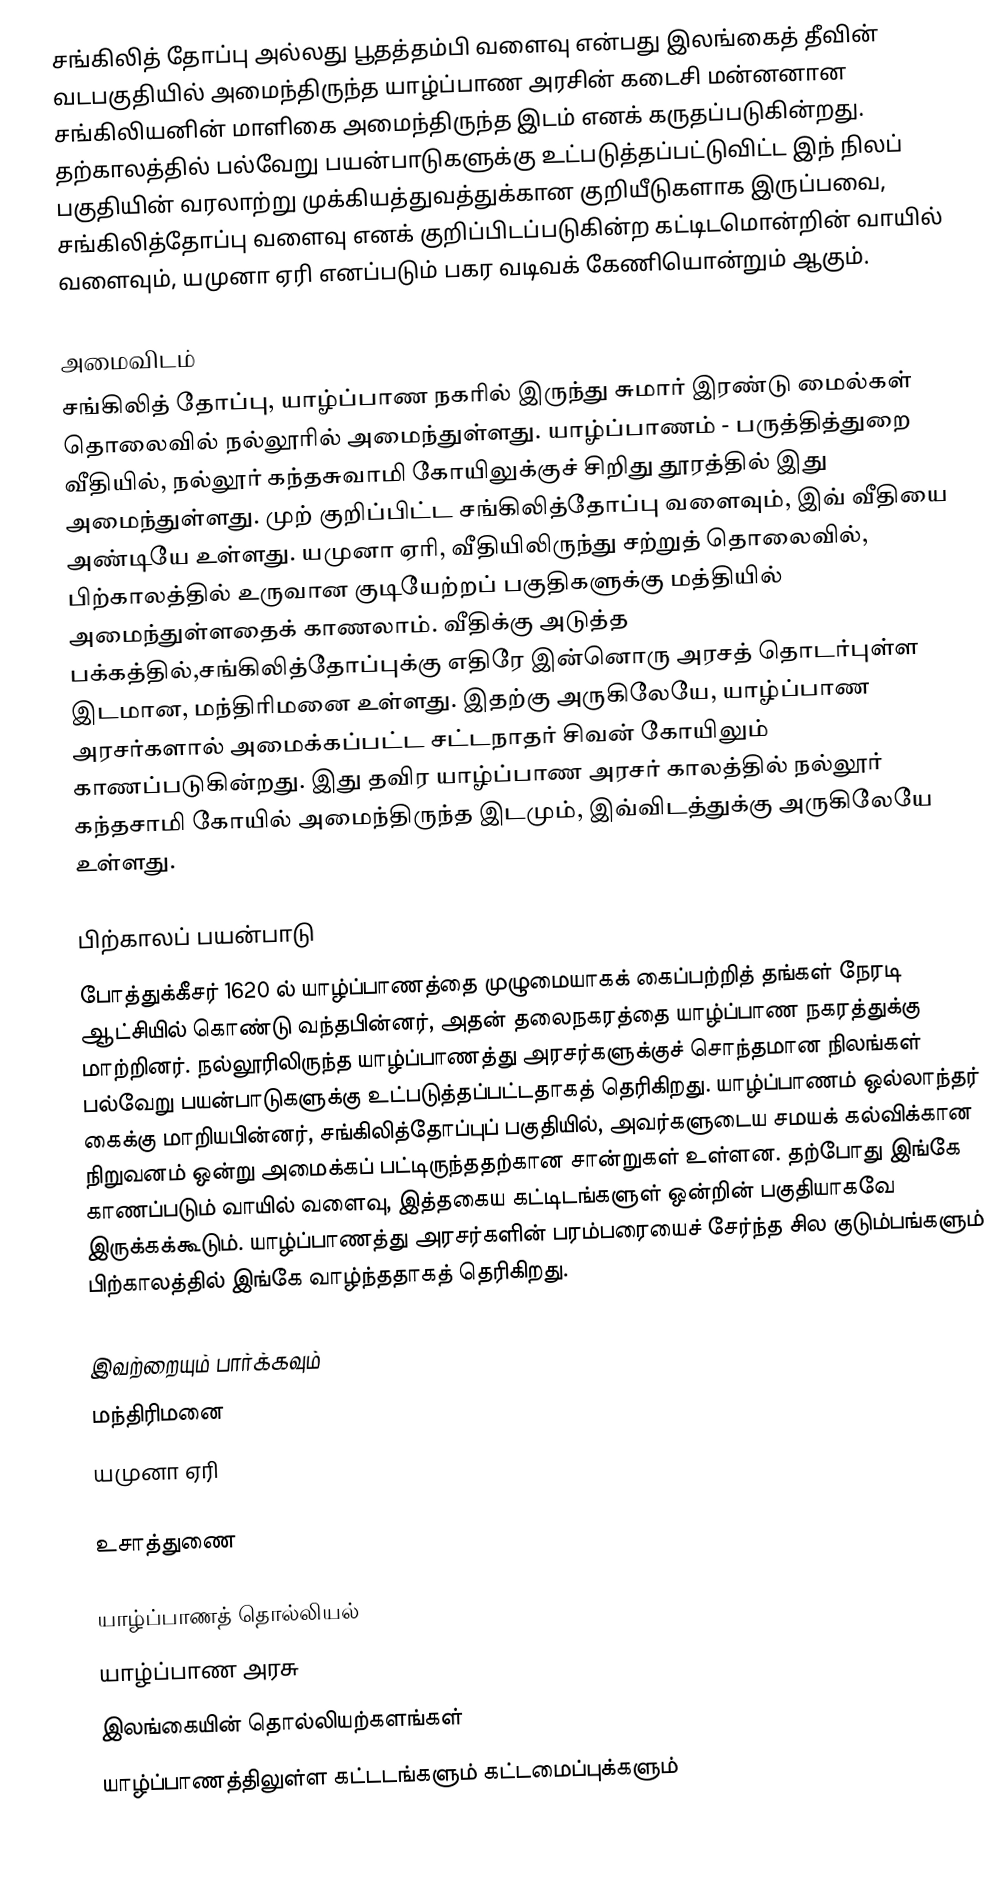
சங்கிலித் தோப்பு அல்லது பூதத்தம்பி வளைவு என்பது இலங்கைத் தீவின் வடபகுதியில் அமைந்திருந்த யாழ்ப்பாண அரசின் கடைசி மன்னனான சங்கிலியனின் மாளிகை அமைந்திருந்த இடம் எனக் கருதப்படுகின்றது. தற்காலத்தில் பல்வேறு பயன்பாடுகளுக்கு உட்படுத்தப்பட்டுவிட்ட இந் நிலப் பகுதியின் வரலாற்று முக்கியத்துவத்துக்கான குறியீடுகளாக இருப்பவை, சங்கிலித்தோப்பு வளைவு எனக் குறிப்பிடப்படுகின்ற கட்டிடமொன்றின் வாயில் வளைவும், யமுனா ஏரி எனப்படும் பகர வடிவக் கேணியொன்றும் ஆகும்.

அமைவிடம்
சங்கிலித் தோப்பு, யாழ்ப்பாண நகரில் இருந்து சுமார் இரண்டு மைல்கள் தொலைவில் நல்லூரில் அமைந்துள்ளது. யாழ்ப்பாணம் - பருத்தித்துறை வீதியில், நல்லூர் கந்தசுவாமி கோயிலுக்குச் சிறிது தூரத்தில் இது அமைந்துள்ளது. முற் குறிப்பிட்ட சங்கிலித்தோப்பு வளைவும், இவ் வீதியை அண்டியே உள்ளது. யமுனா ஏரி, வீதியிலிருந்து சற்றுத் தொலைவில், பிற்காலத்தில் உருவான குடியேற்றப் பகுதிகளுக்கு மத்தியில் அமைந்துள்ளதைக் காணலாம். வீதிக்கு அடுத்த பக்கத்தில்,சங்கிலித்தோப்புக்கு எதிரே இன்னொரு அரசத் தொடர்புள்ள இடமான, மந்திரிமனை உள்ளது. இதற்கு அருகிலேயே, யாழ்ப்பாண அரசர்களால் அமைக்கப்பட்ட சட்டநாதர் சிவன் கோயிலும் காணப்படுகின்றது. இது தவிர யாழ்ப்பாண அரசர் காலத்தில் நல்லூர் கந்தசாமி கோயில் அமைந்திருந்த இடமும், இவ்விடத்துக்கு அருகிலேயே உள்ளது.

பிற்காலப் பயன்பாடு
போத்துக்கீசர் 1620 ல் யாழ்ப்பாணத்தை முழுமையாகக் கைப்பற்றித் தங்கள் நேரடி ஆட்சியில் கொண்டு வந்தபின்னர், அதன் தலைநகரத்தை யாழ்ப்பாண நகரத்துக்கு மாற்றினர். நல்லூரிலிருந்த யாழ்ப்பாணத்து அரசர்களுக்குச் சொந்தமான நிலங்கள் பல்வேறு பயன்பாடுகளுக்கு உட்படுத்தப்பட்டதாகத் தெரிகிறது. யாழ்ப்பாணம் ஒல்லாந்தர் கைக்கு மாறியபின்னர், சங்கிலித்தோப்புப் பகுதியில், அவர்களுடைய சமயக் கல்விக்கான நிறுவனம் ஒன்று அமைக்கப் பட்டிருந்ததற்கான சான்றுகள் உள்ளன. தற்போது இங்கே காணப்படும் வாயில் வளைவு, இத்தகைய கட்டிடங்களுள் ஒன்றின் பகுதியாகவே இருக்கக்கூடும். யாழ்ப்பாணத்து அரசர்களின் பரம்பரையைச் சேர்ந்த சில குடும்பங்களும் பிற்காலத்தில் இங்கே வாழ்ந்ததாகத் தெரிகிறது.

இவற்றையும் பார்க்கவும்
 மந்திரிமனை
 யமுனா ஏரி

உசாத்துணை

யாழ்ப்பாணத் தொல்லியல்
யாழ்ப்பாண அரசு
இலங்கையின் தொல்லியற்களங்கள்
யாழ்ப்பாணத்திலுள்ள கட்டடங்களும் கட்டமைப்புக்களும்